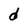
Character: d